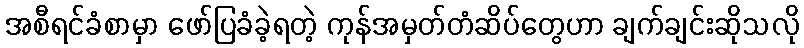
အစီရင်ခံစာမှာ ဖော်ပြခံခဲ့ရတဲ့ ကုန်အမှတ်တံဆိပ်တွေဟာ ချက်ချင်းဆိုသလို